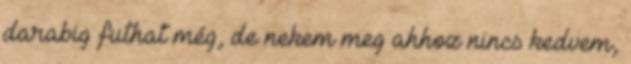
darabig futhat még, de nekem meg ahhoz nincs kedvem,